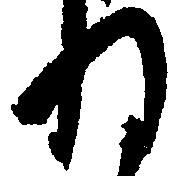
ね